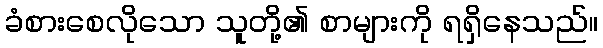
ခံစားစေလိုသော သူတို့၏ စာများကို ရရှိနေသည်။